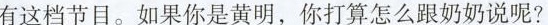
有这档节目。如果你是黄明，你打算怎么跟奶奶说呢?